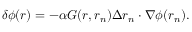
\delta \phi ( \boldsymbol { r } ) = - \alpha G ( \boldsymbol { r } , \boldsymbol { r } _ { n } ) \Delta \boldsymbol { r } _ { n } \cdot \nabla \phi ( \boldsymbol { r } _ { n } ) .